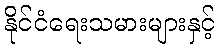
နိုင်ငံရေးသမားများနှင့်